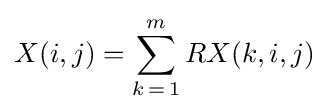
X(i,j)=\sum _{k\mathop {=} 1}^{m}RX(k,i,j)